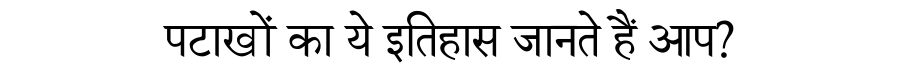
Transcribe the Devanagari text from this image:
पटाखों का ये इतिहास जानते हैं आप?